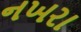
નખરા